Report of the Imperial Institute of Veterinary Research, Muktesar
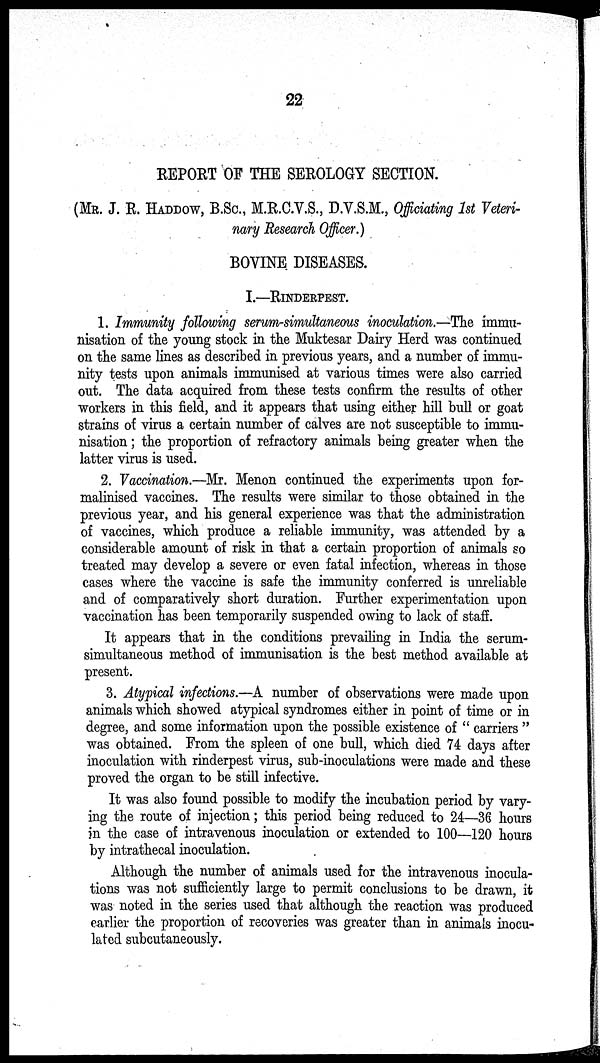
22
REPORT OF THE SEROLOGY SECTION.
(MR. J. R. HADDOW, B.SC., M.R.C.V.S., D.V.S.M., Officiating 1st Veteri-
nary Research Officer.)
BOVINE DISEASES.
I.—RINDERPEST.
1. Immunity following serum-simultaneous inoculation.—The immu-
nisation of the young stock in the Muktesar Dairy Herd was continued
on the same lines as described in previous years, and a number of immu-
nity tests upon animals immunised at various times were also carried
out. The data acquired from these tests confirm the results of other
workers in this field, and it appears that using either hill bull or goat
strains of virus a certain number of calves are not susceptible to immu-
nisation ; the proportion of refractory animals being greater when the
latter virus is used.
2. Vaccination.—Mr. Menon continued the experiments upon for-
malinised vaccines. The results were similar to those obtained in the
previous year, and his general experience was that the administration
of vaccines, which produce a reliable immunity, was attended by a
considerable amount of risk in that a certain proportion of animals so
treated may develop a severe or even fatal infection, whereas in those
cases where the vaccine is safe the immunity conferred is unreliable
and of comparatively short duration. Further experimentation upon
vaccination has been temporarily suspended owing to lack of staff.
It appears that in the conditions prevailing in India the serum-
simultaneous method of immunisation is the best method available at
present.
3. Atypical infections.—A number of observations were made upon
animals which showed atypical syndromes either in point of time or in
degree, and some information upon the possible existence of " carriers "
was obtained. From the spleen of one bull, which died 74 days after
inoculation with rinderpest virus, sub-inoculations were made and these
proved the organ to be still infective.
It was also found possible to modify the incubation period by vary-
ing the route of injection ; this period being reduced to 24—36 hours
in the case of intravenous inoculation or extended to 100—120 hours
by intrathecal inoculation.
Although the number of animals used for the intravenous inocula-
tions was not sufficiently large to permit conclusions to be drawn, it
was noted in the series used that although the reaction was produced
earlier the proportion of recoveries was greater than in animals inocu-
lated subcutaneously.